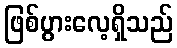
ဖြစ်ပွားလေ့ရှိသည်